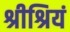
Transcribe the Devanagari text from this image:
श्रीश्रियं